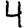
Digit: 4